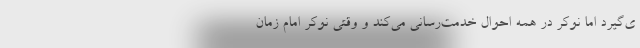
ی‌گیرد اما نوکر در همه احوال خدمت‌رسانی می‌کند و وقتی نوکر امام زمان